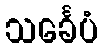
သင်္ခေပံ